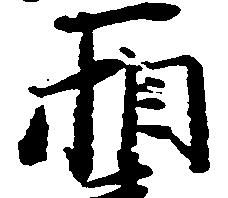
相